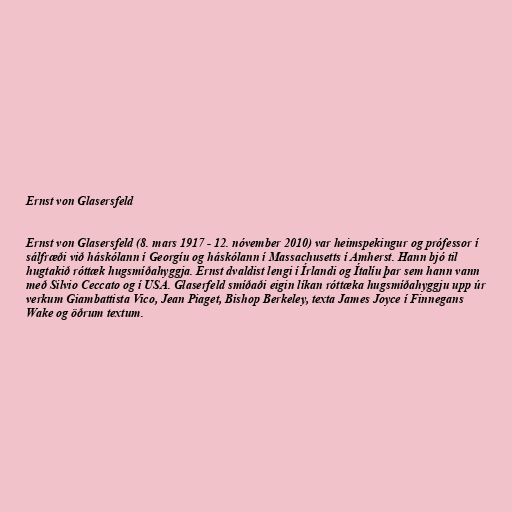
Ernst von Glasersfeld

Ernst von Glasersfeld (8. mars 1917 - 12. nóvember 2010) var heimspekingur og prófessor í
sálfræði við háskólann í Georgíu og háskólann í Massachusetts í Amherst. Hann bjó til
hugtakið róttæk hugsmíðahyggja. Ernst dvaldist lengi í Írlandi og Ítalíu þar sem hann vann
með Silvio Ceccato og í USA. Glaserfeld smíðaði eigin líkan róttæka hugsmíðahyggju upp úr
verkum Giambattista Vico, Jean Piaget, Bishop Berkeley, texta James Joyce í Finnegans
Wake og öðrum textum.